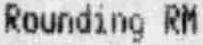
ROUNDING RM